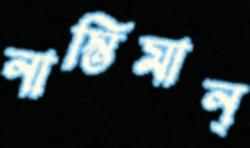
নাস্তিমান্‌